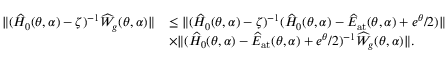
\begin{array} { r l } { \| ( \widehat { H } _ { 0 } ( \theta , \alpha ) - \zeta ) ^ { - 1 } \widehat { W } _ { g } ( \theta , \alpha ) \| } & { \leq \| ( \widehat { H } _ { 0 } ( \theta , \alpha ) - \zeta ) ^ { - 1 } ( \widehat { H } _ { 0 } ( \theta , \alpha ) - \widehat { E } _ { \mathrm { a t } } ( \theta , \alpha ) + e ^ { \theta } / 2 ) \| } \\ & { \times \| ( \widehat { H } _ { 0 } ( \theta , \alpha ) - \widehat { E } _ { \mathrm { a t } } ( \theta , \alpha ) + e ^ { \theta } / 2 ) ^ { - 1 } \widehat { W } _ { g } ( \theta , \alpha ) \| . } \end{array}